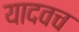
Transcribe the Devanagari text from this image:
यादवच